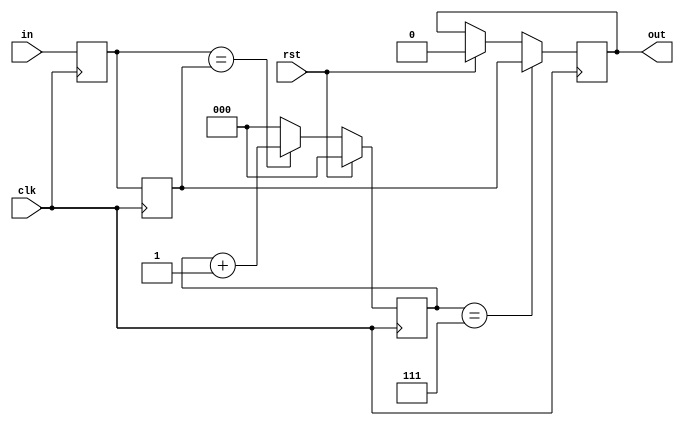
//
// Copyright 2011-2012 Ettus Research LLC
//
// This program is free software: you can redistribute it and/or modify
// it under the terms of the GNU General Public License as published by
// the Free Software Foundation, either version 3 of the License, or
// (at your option) any later version.
//
// This program is distributed in the hope that it will be useful,
// but WITHOUT ANY WARRANTY; without even the implied warranty of
// MERCHANTABILITY or FITNESS FOR A PARTICULAR PURPOSE.  See the
// GNU General Public License for more details.
//
// You should have received a copy of the GNU General Public License
// along with this program.  If not, see <http://www.gnu.org/licenses/>.
//

module cross_clock_reader
    #(
        parameter WIDTH = 1,
        parameter DEFAULT = 0
    )
    (
        input clk, input rst,
        input [WIDTH-1:0] in,
        output reg [WIDTH-1:0] out
    );

    reg [WIDTH-1:0] shadow0, shadow1;
    reg [2:0] count;

    always @(posedge clk) begin
        if (rst) begin
            out <= DEFAULT;
            shadow0 <= DEFAULT;
            shadow1 <= DEFAULT;
            count <= 0;
        end
        else if (shadow0 == shadow1) count <= count + 1;
        else count <= 0;
        shadow0 <= in;
        shadow1 <= shadow0;
        if (count == 3'b111) out <= shadow1;
    end

endmodule //cross_clock_reader